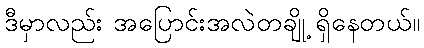
ဒီမှာလည်း အပြောင်းအလဲတချို့ ရှိနေတယ်။